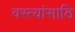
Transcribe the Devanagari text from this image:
वस्त्यांसाठि